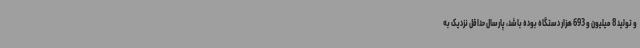
و تولید 8 میلیون و 693 هزار دستگاه بوده باشد، پارسال حداقل نزدیک به